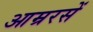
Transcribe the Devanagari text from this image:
आम्ररसें